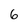
Character: 6